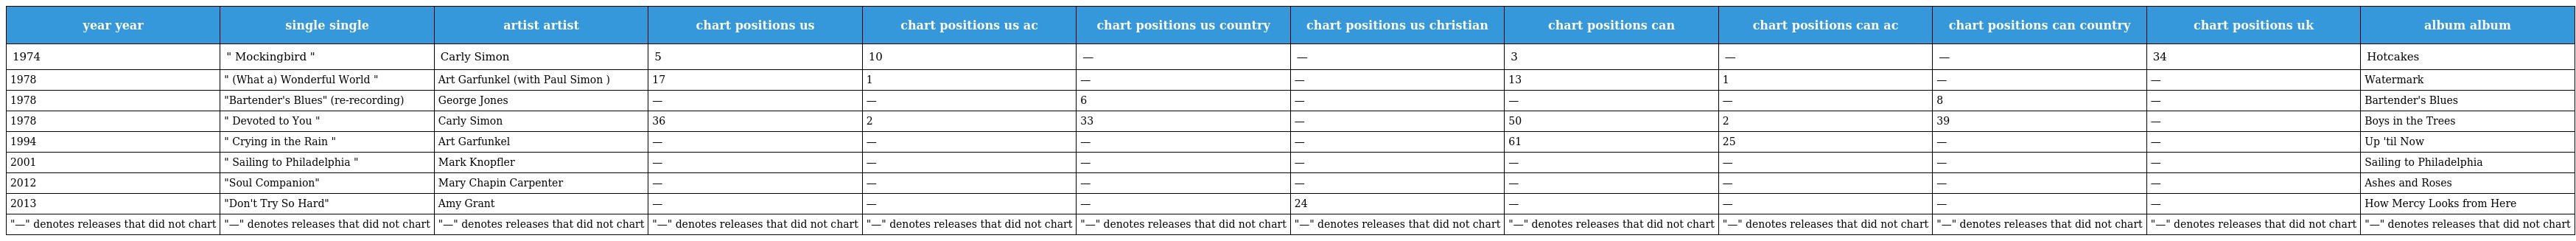
| year year | single single | artist artist | chart positions us | chart positions us ac | chart positions us country | chart positions us christian | chart positions can | chart positions can ac | chart positions can country | chart positions uk | album album |
 | --- | --- | --- | --- | --- | --- | --- | --- | --- | --- | --- | --- |
 | 1974 | " Mockingbird " | Carly Simon | 5 | 10 | — | — | 3 | — | — | 34 | Hotcakes |
 | 1978 | " (What a) Wonderful World " | Art Garfunkel (with Paul Simon ) | 17 | 1 | — | — | 13 | 1 | — | — | Watermark |
 | 1978 | "Bartender's Blues" (re-recording) | George Jones | — | — | 6 | — | — | — | 8 | — | Bartender's Blues |
 | 1978 | " Devoted to You " | Carly Simon | 36 | 2 | 33 | — | 50 | 2 | 39 | — | Boys in the Trees |
 | 1994 | " Crying in the Rain " | Art Garfunkel | — | — | — | — | 61 | 25 | — | — | Up 'til Now |
 | 2001 | " Sailing to Philadelphia " | Mark Knopfler | — | — | — | — | — | — | — | — | Sailing to Philadelphia |
 | 2012 | "Soul Companion" | Mary Chapin Carpenter | — | — | — | — | — | — | — | — | Ashes and Roses |
 | 2013 | "Don't Try So Hard" | Amy Grant | — | — | — | 24 | — | — | — | — | How Mercy Looks from Here |
 | "—" denotes releases that did not chart | "—" denotes releases that did not chart | "—" denotes releases that did not chart | "—" denotes releases that did not chart | "—" denotes releases that did not chart | "—" denotes releases that did not chart | "—" denotes releases that did not chart | "—" denotes releases that did not chart | "—" denotes releases that did not chart | "—" denotes releases that did not chart | "—" denotes releases that did not chart | "—" denotes releases that did not chart |